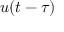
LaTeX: u ( t - \tau )